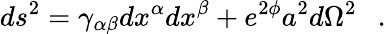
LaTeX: ds^{2}=\gamma_{\alpha\beta}dx^{\alpha}dx^{\beta}+e^{2\phi}a^{2}d\Omega^{2}~~~.